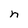
Character: n